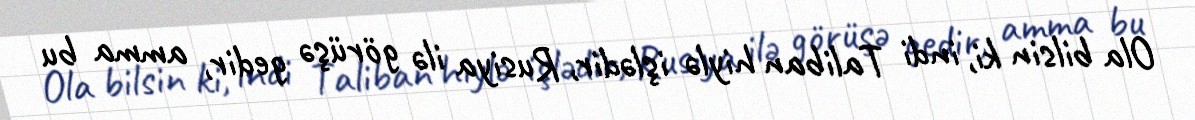
Ola bilsin ki, indi Taliban hiylə işlədir, Rusiya ilə görüşə gedir, amma bu